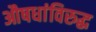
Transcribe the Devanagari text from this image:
औषधांविरुद्ध